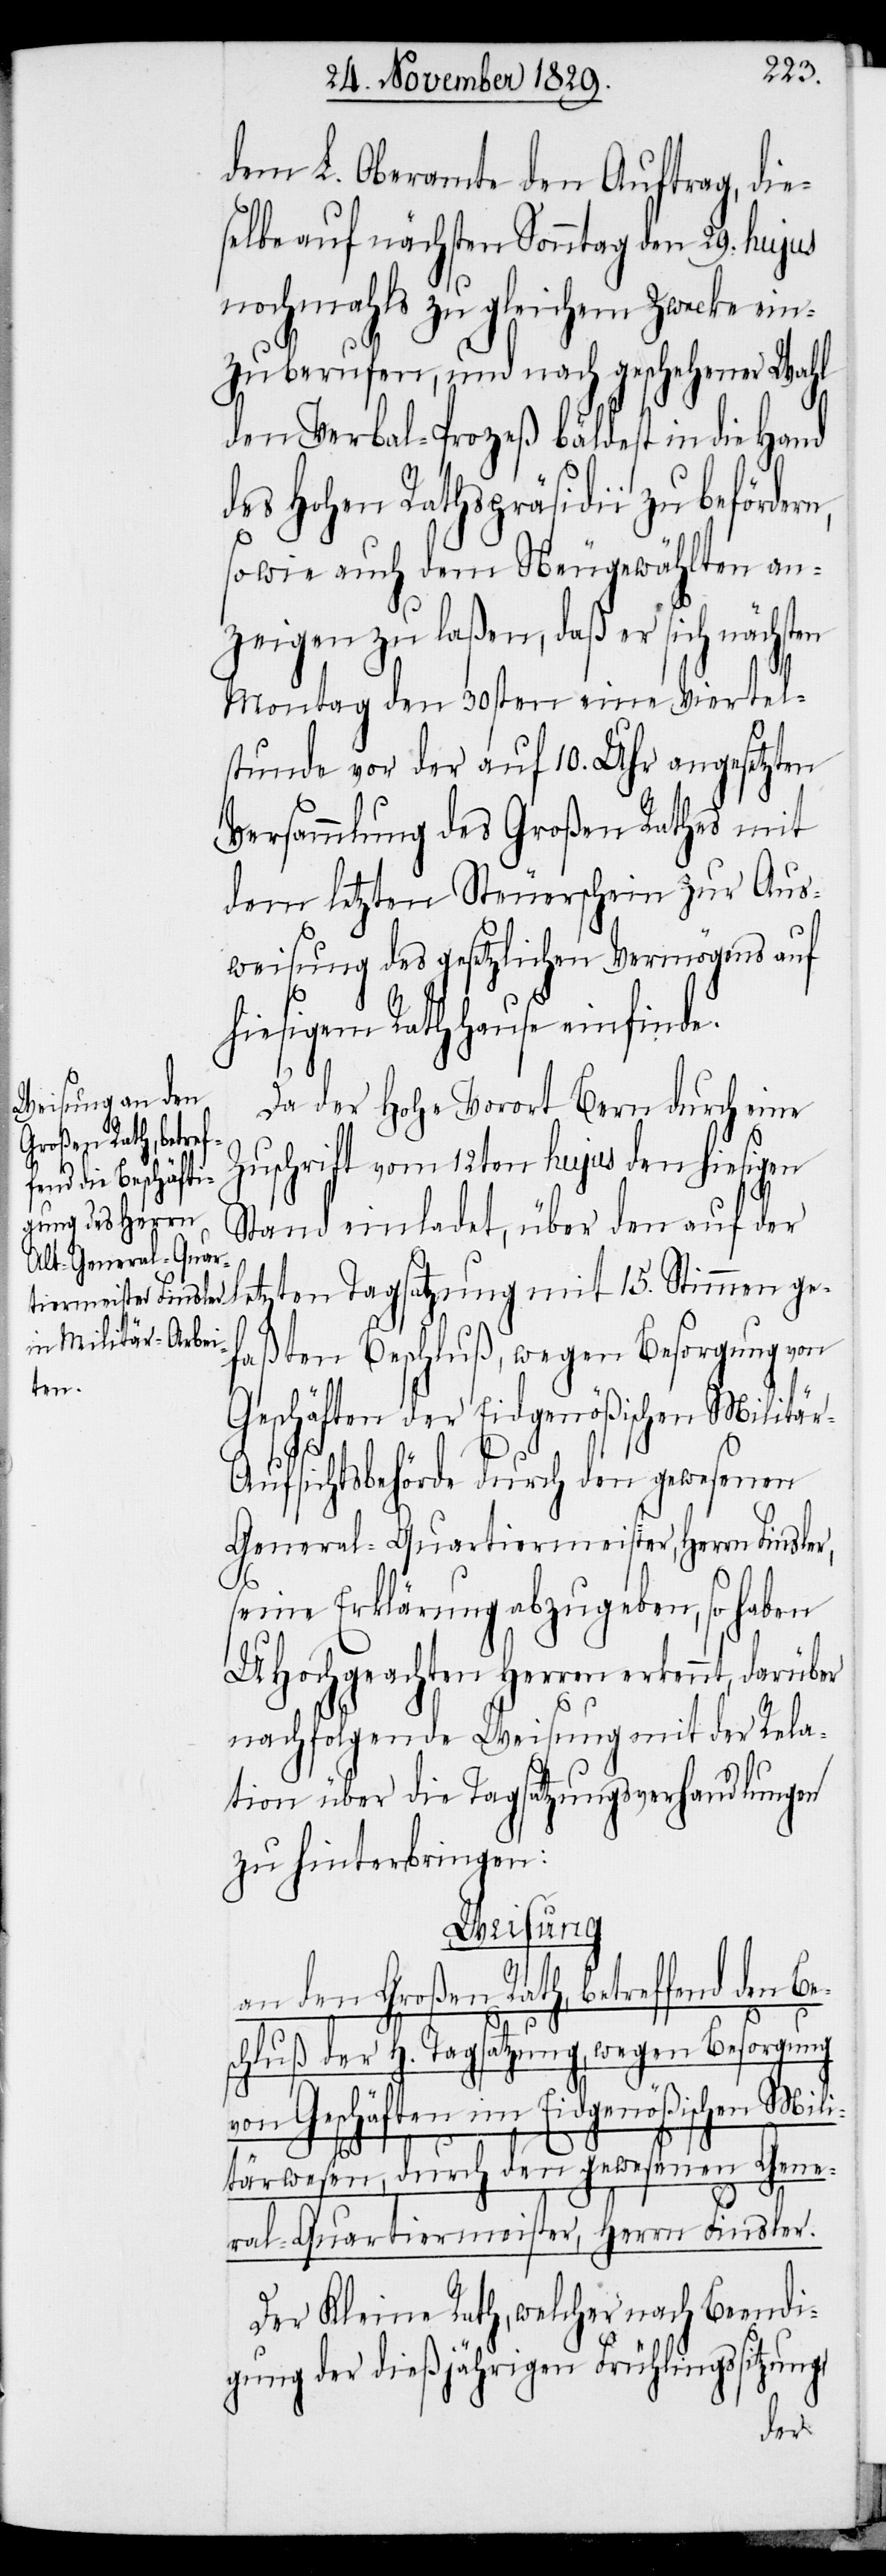
dem L. Oberamte den Auftrag, die¬
selbe auf nächsten Sonntag den 29. hujus
nochmahls zu gleichem Zwecke ein¬
zuberufen, und nach geschehener Wahl
den Verbal-Prozeß bäldest in die Hand
des Hohen Rathspräsidii zu beförder¬
so wie auch dem Neugewählten an¬
zeigen zu laßen, daß er sich nächsten
Montag den 30sten eine Viertel¬
stunde vor der auf 10. Uhr angesetzten
Versammlung des Großen Rathes mit
dem letzten Steuerschein zur Aus¬
weisung des gesetzlichen Vermögens auf
hiesigem Rathhause einfinde.
Da der Hohe Vorort Bern durch eine
Zuschrift vom 12ten hujus den hiesigen
Stand einladet, über den auf der
letzten Tagsatzung mit 15. Stimmen ge¬
faßten Beschluß, wegen Besorgung von
Geschäften der Eidgenößischen Militär-A¬
v¬
ufsichtsbehörde durch den gewesenen
General-Quartiermeister, Herrn Finsler,
seine Erklärung abzugeben, so haben
UHochgeachten Herren erkennt, darüber
nachfolgende Weisung mit der Rela¬
tion über die Tagsatzungsverhandlungen
zu hinterbringen:
Weisung
an den Großen Rath, betreffend den Bes¬
chluß der H. Tagsatzung, wegen Besorgung
on Geschäften im Eidgenößischen Mili¬
tärwesen, durch den gewesenen Gene¬
ral-Quartiermeister, Herrn Finsler.
Der Kleine Rath, welcher nach Beendi¬
gung der dießjährigen Frühlingssitzung